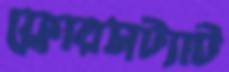
ফ্লোরসট্যাট